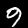
Digit: 9